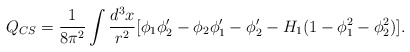
\begin{align*}Q_{CS}=\frac{1}{8\pi^2}\int\frac{d^3x}{r^2}[\phi_1\phi_2^{\prime}-\phi_2\phi_1^{\prime} -\phi_2^{\prime}-H_1(1-\phi_1^2-\phi_2^2)].\end{align*}